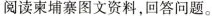
阅读柬埔寨图文资料，回答问题。